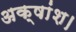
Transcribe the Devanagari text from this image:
अक्षांश।